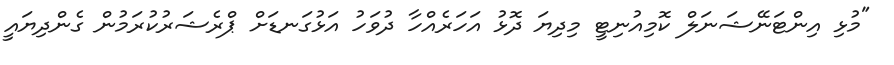
"މުޅި އިންޓަނޭޝަނަލް ކޮމިއުނިޓީ މިދިޔަ ދޮޅު އަހަރެއްހާ ދުވަހު އަޅުގަނޑަށް ޕްރެޝަރުކުރަމުން ގެންދިޔައީ